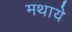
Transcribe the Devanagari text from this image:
मथाये